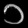
Digit: ၁